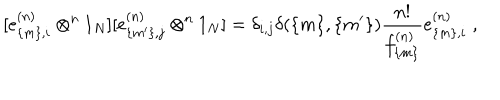
[ e _ { \{ m \} , i } ^ { ( n ) } \otimes ^ { n } 1 _ { N } ] [ e _ { \{ m ^ { \prime } \} , j } ^ { ( n ) } \otimes ^ { n } 1 _ { N } ] = \delta _ { i , j } \delta ( \{ m \} , \{ m ^ { \prime } \} ) \frac { n ! } { f _ { \{ m \} } ^ { ( n ) } } e _ { \{ m \} , i } ^ { ( n ) } \; ,